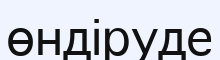
өндіруде